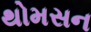
થોમસન